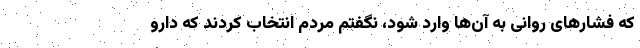
که فشارهای روانی به آن‌ها وارد شود، نگفتم مردم انتخاب کردند که دارو